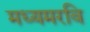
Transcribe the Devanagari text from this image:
मध्यमरवि